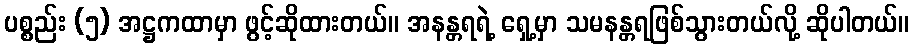
ပစ္စည်း (၅) အဋ္ဌကထာမှာ ဖွင့်ဆိုထားတယ်။ အနန္တရရဲ့ ရှေ့မှာ သမနန္တရဖြစ်သွားတယ်လို့ ဆိုပါတယ်။